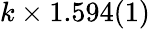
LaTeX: k\times 1.594(1)